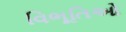
વિભૂતિઓ